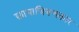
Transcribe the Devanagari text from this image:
छायाचित्रणकार